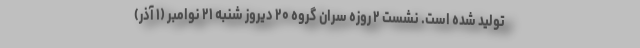
تولید شده است. نشست ۲ روزه سران گروه ۲۰ دیروز شنبه ۲۱ نوامبر (۱ آذر)